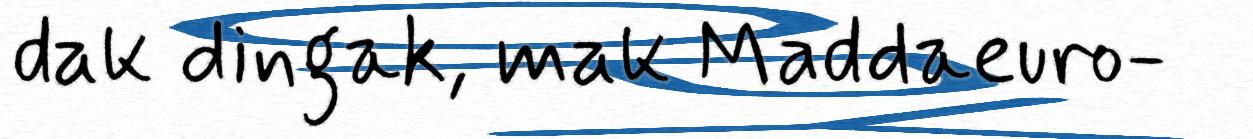
dak dingak, mak Maddaeuro-